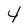
Character: 4